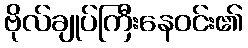
ဗိုလ်ချုပ်ကြီးနေဝင်း၏